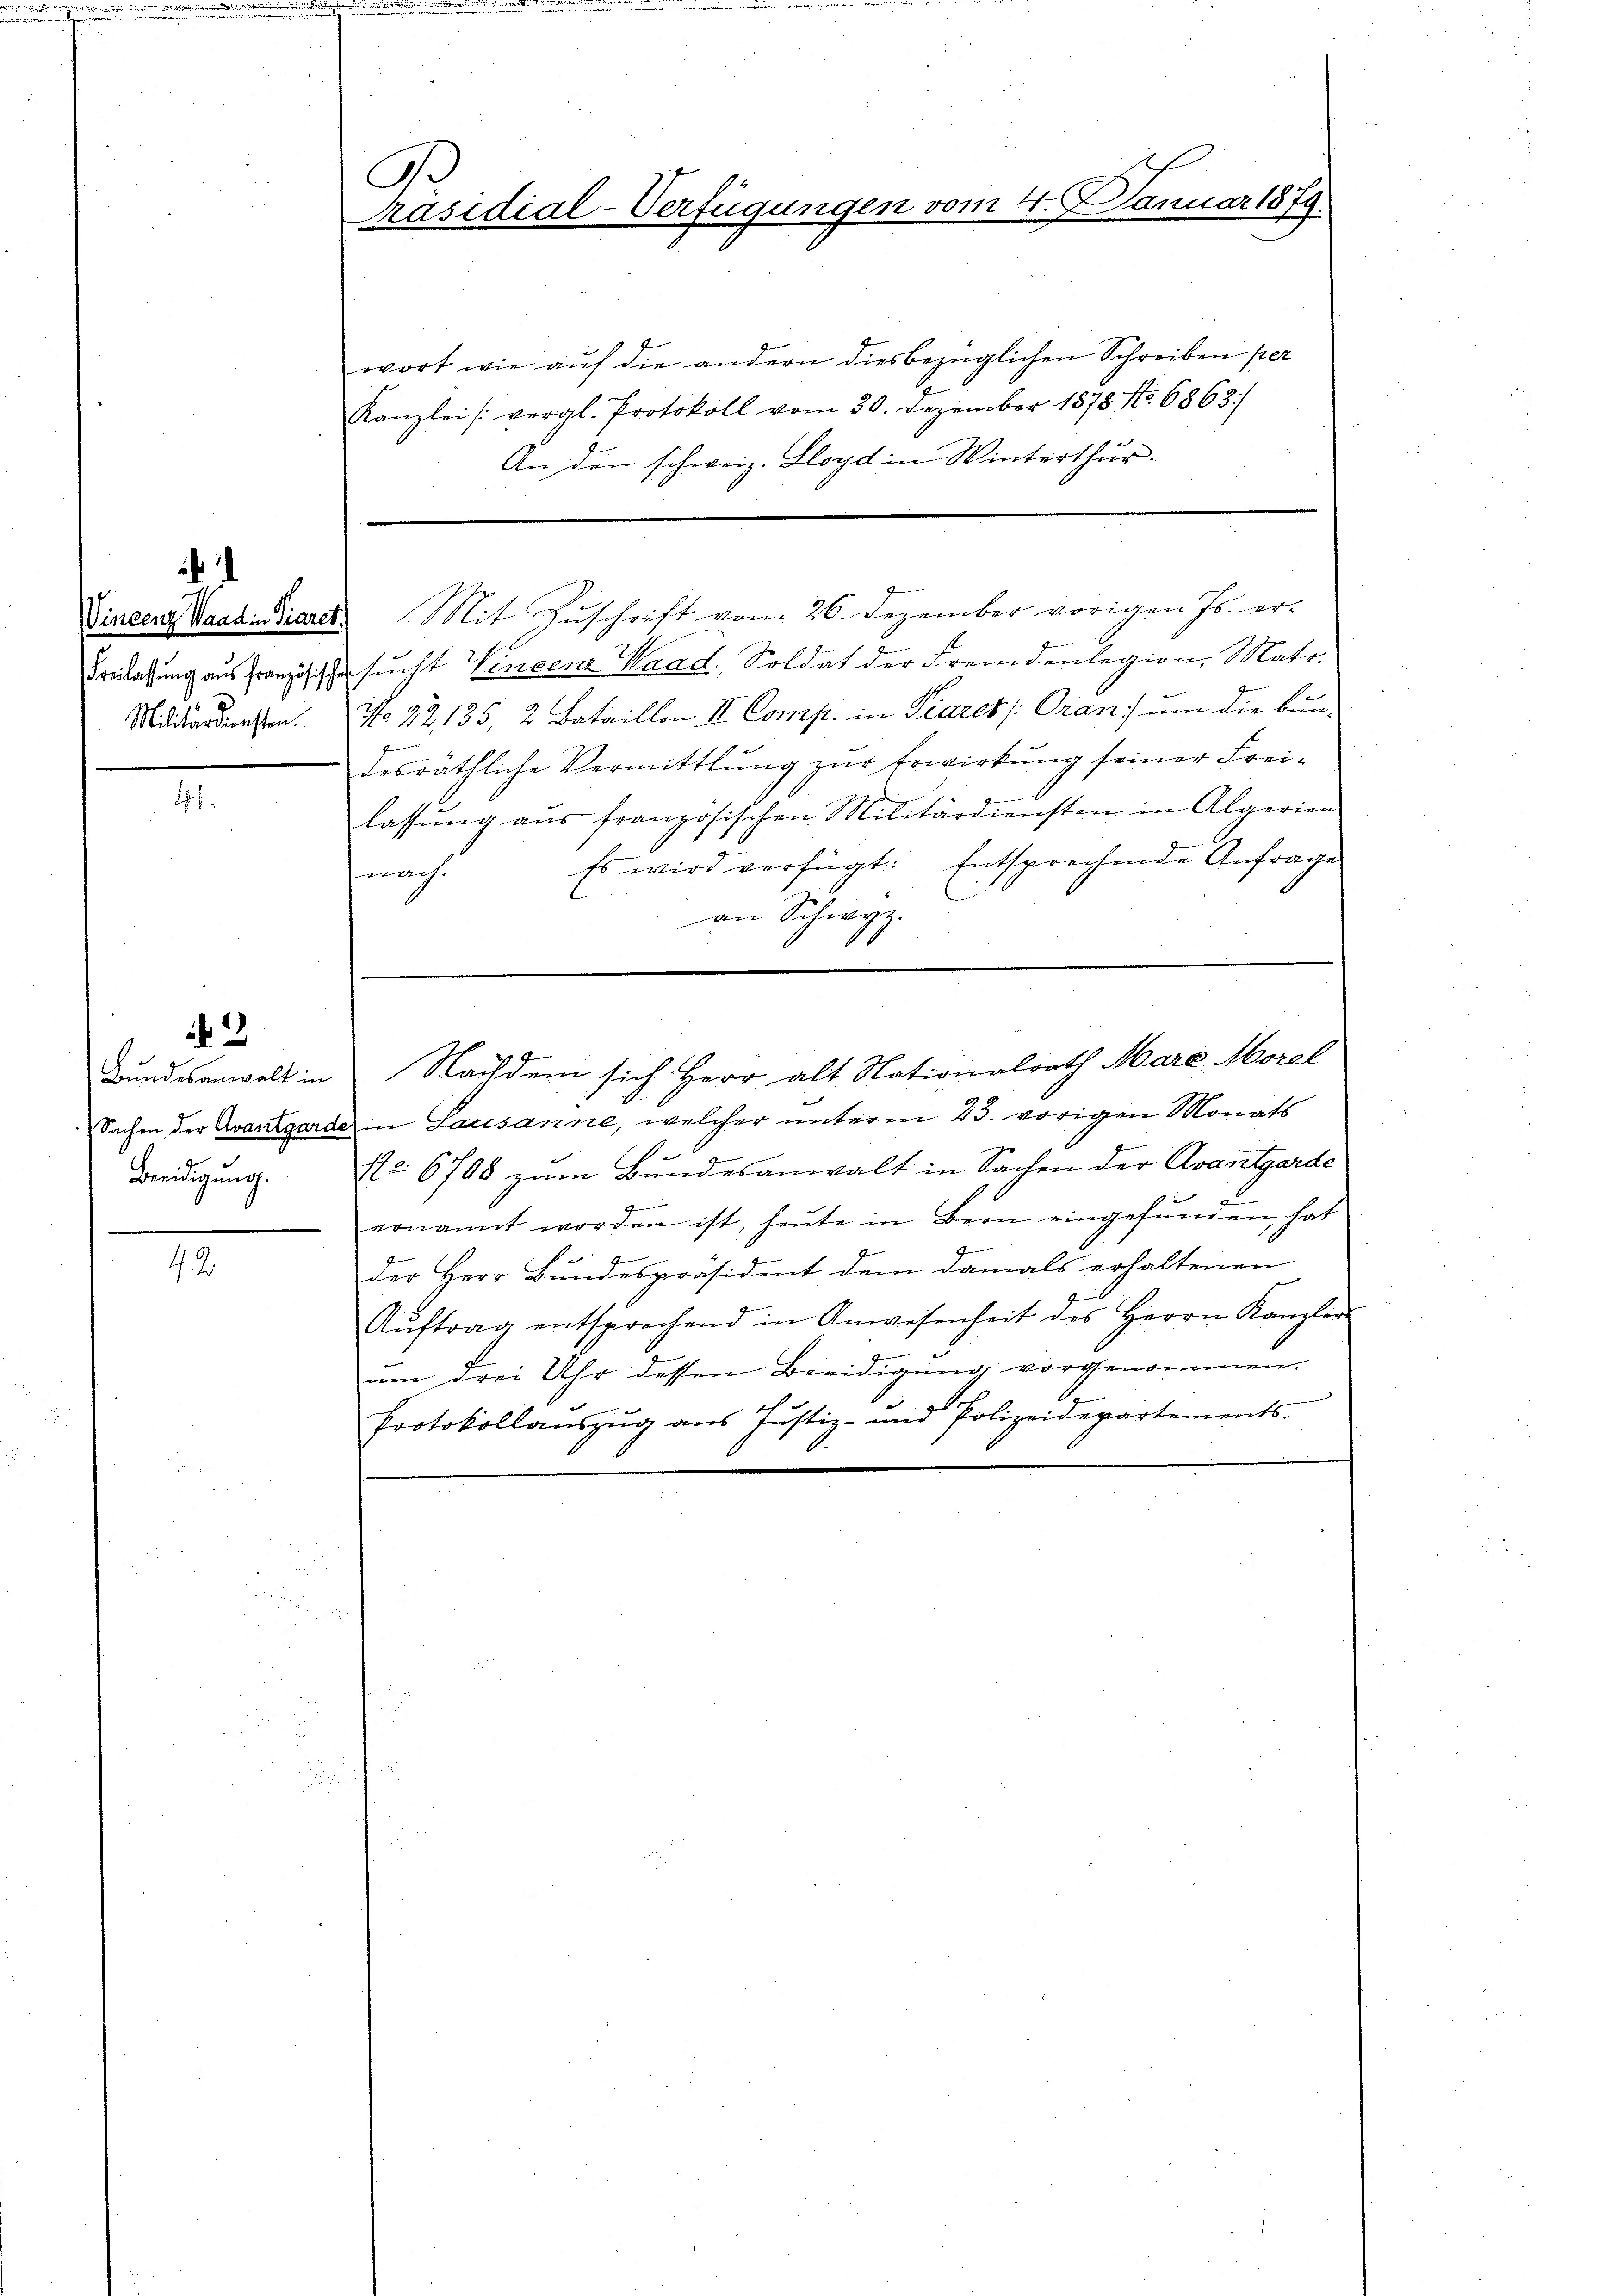
i

Militärdiensten.

2

Beeidigung.

42

wort wie aŭf die andern diesbezüglichen Schreiben per
Kanzlei (vergl. Protokoll vom 30. Dezember 1878 No. 6863/
An den schweiz. Lloyd in Winterthur.
Vincenz Vaadidiares. Mit Zŭschrift vom 26. Dezember vorigen Js. er¬
Freilassung aus Französische sucht Vincenz Waad, Soldat der Fremdenlegion, Matr.
No. 22, 135, 2 Bataillon II. Comp. in Piares (Grani um die bun-
desräthliche Vermittlung zur Erwirkung seiner Freii
lassŭng aus französischen Militärdiensten in Algerien
Es wird verfügt: Entsprechende Anfrage
nach.
an Schwyz.
Bundesanwalt in Nachdem sich Herr alt Nationalrath Mare. Morel
Sachen der Avarzgarde in Lausanne, welcher unterm 23. vorigen Monats
No. 6708 zŭm Bŭndesanwalt in Sachen der Avantgarde
ernannt worden ist, heute in Bern eingefunden, hat
J
der Herr Bundespräsident dem damals erhaltenen
Aŭftrag entsprechend in Anwesenheit des Herrn Kanzler
um drei Uhr dessen Beeidigung vorgenommen.
1
Protokollaŭszŭg ans Justiz- und Polizeidepartements.

A.
räsidial-Verfügungen vom 4. Januar 1879.